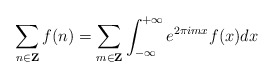
\begin{align*}\sum_{n\in {\bf Z}}f(n)=\sum_{m\in{\bf Z}}\int_{-\infty}^{+\infty}e^{2\pi imx}f(x)dx\end{align*}